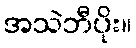
အသဲဘီပိုး။